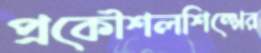
প্রকৌশলশিল্পের